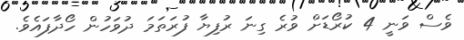
ވެސް ވަނީ 4 ކުރޯޑަށް ވުރެ ގިނަ ރުފިޔާ ފުރަތަމަ ދުވަހުން ހޯދާފައެވެ.